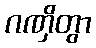
ဂဏှိတွာ